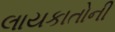
લાયકાતોની